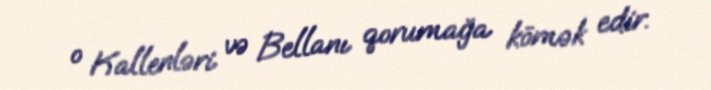
o Kallenləri və Bellanı qorumağa kömək edir.